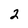
Character: 2